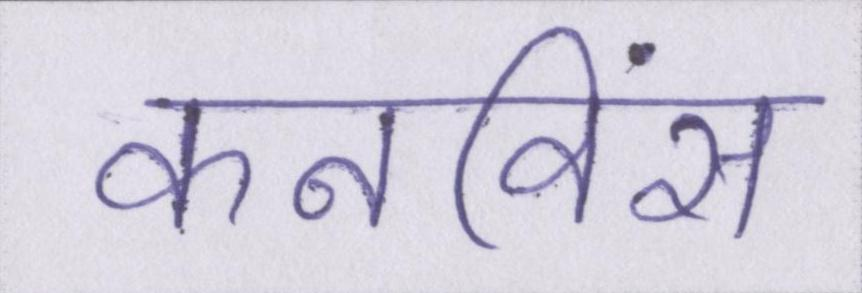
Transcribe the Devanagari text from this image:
कनविंस